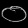
Digit: ၀